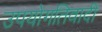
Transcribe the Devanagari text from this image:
उपयोगतिवादी